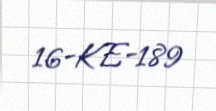
16-KE-189